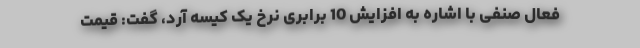
فعال صنفی با اشاره به افزایش 10 برابری نرخ یک کیسه آرد، گفت: قیمت